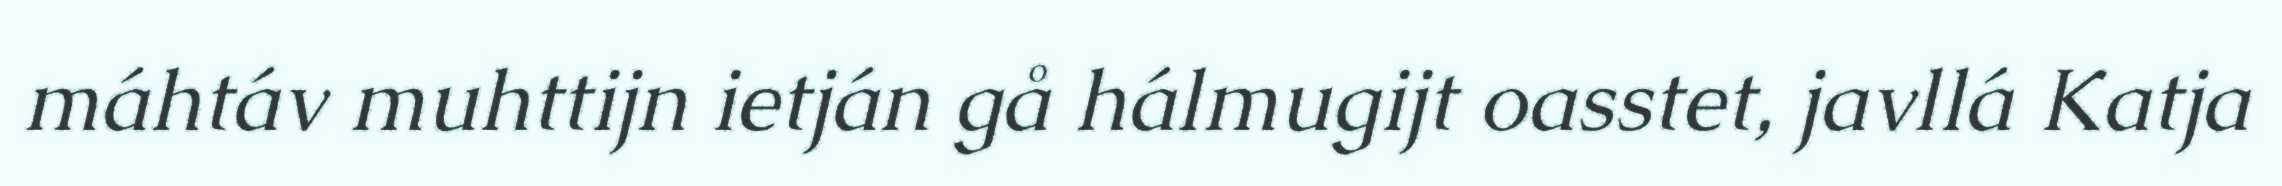
máhtáv muhttijn ietján gå hálmugijt oasstet, javllá Katja